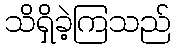
သိရှိခဲ့ကြသည်